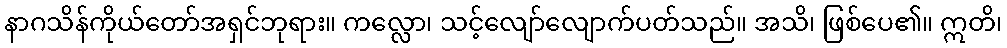
နာဂသိန်ကိုယ်တော်အရှင်ဘုရား။ ကလ္လော၊ သင့်လျော်လျောက်ပတ်သည်။ အသိ၊ ဖြစ်ပေ၏။ ဣတိ၊